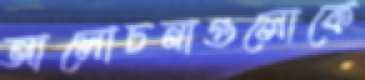
আলোচনাগুলোকে